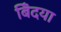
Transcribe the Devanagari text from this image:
बिँदया